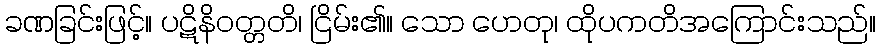
ခဏခြင်းဖြင့်။ ပဋိနိဝတ္တတိ၊ ငြိမ်း၏။ သော ဟေတု၊ ထိုပကတိအကြောင်းသည်။